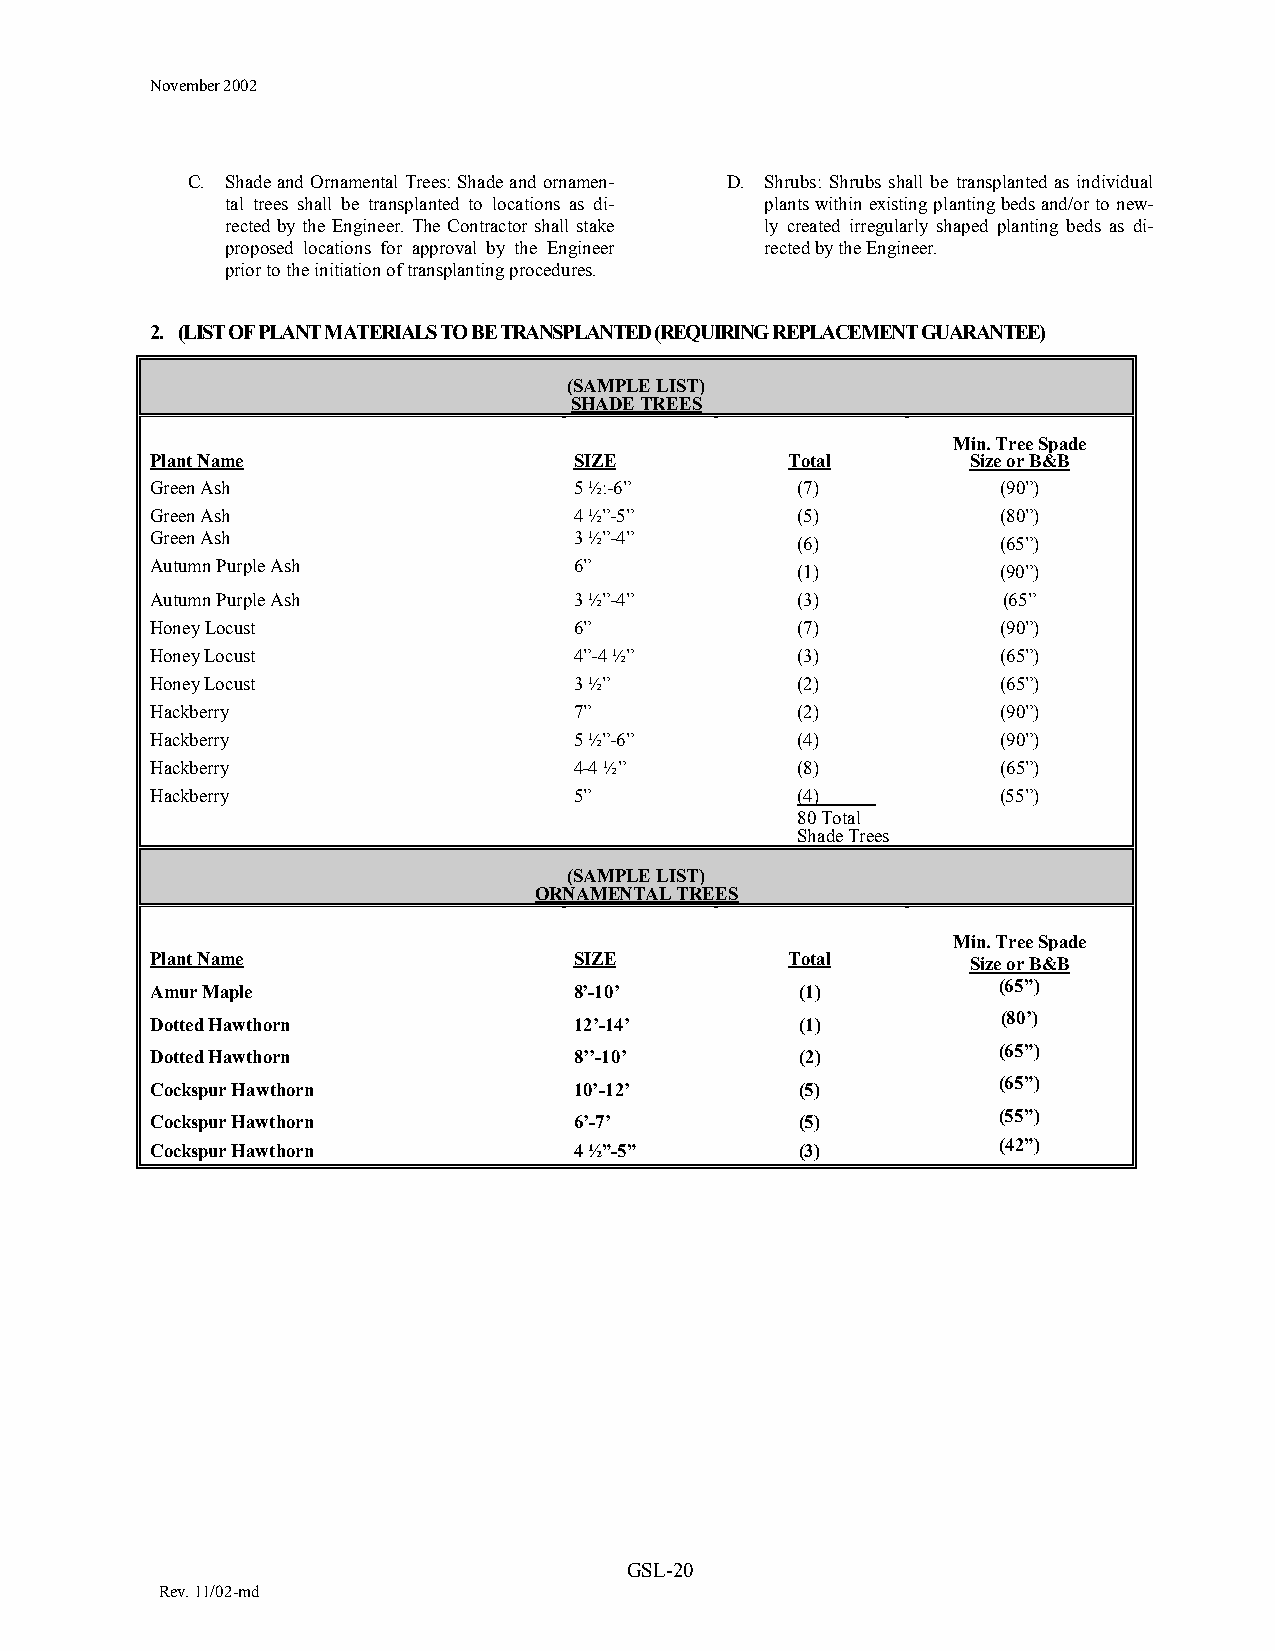
November 2002
 C. Shade and Ornamental Trees: Shade and ornamen- D. Shrubs: Shrubs shall be transplanted as individual
 tal trees shall be transplanted to locations as di- plants within existing planting beds and/or to new-
 rected by the Engineer. The Contractor shall stake ly created irregularly shaped planting beds as di-
 proposed locations for approval by the Engineer rected by the Engineer.
 prior to the initiation of transplanting procedures.
 2. (LIST OF PLANT MATERIALS TO BE TRANSPLANTED (REQUIRING REPLACEMENT GUARANTEE)
 (SAMPLE LIST)
 SHADE TREES
 Min. Tree Spade
 Plant Name                  SIZE          Total       Size or B&B
 Green Ash                   5 ½:-6”        (7)          (90”)
 Green Ash                   4 ½”-5”        (5)          (80”)
 Green Ash                   3 ½”-4”        (6)          (65”)
 Autumn Purple Ash           6”
 (1)          (90”)
 Autumn Purple Ash           3 ½”-4”        (3)          (65”
 Honey Locust                6”             (7)          (90”)
 Honey Locust                4”-4 ½”        (3)          (65”)
 Honey Locust                3 ½”           (2)          (65”)
 Hackberry                   7”             (2)          (90”)
 Hackberry                   5 ½”-6”        (4)          (90”)
 Hackberry                   4-4 ½”         (8)          (65”)
 Hackberry                   5”             (4)          (55”)
 80 Total
 Shade Trees
 (SAMPLE LIST)
 ORNAMENTAL TREES
 Min. Tree Spade
 Plant Name                  SIZE          Total       Size or B&B
 Amur Maple                  8’-10’         (1)          (65”)
 Dotted Hawthorn             12’-14’        (1)          (80’)
 (65”)
 Dotted Hawthorn             8’’-10’        (2)
 Cockspur Hawthorn           10’-12’        (5)          (65”)
 Cockspur Hawthorn           6’-7’          (5)          (55”)
 (42”)
 Cockspur Hawthorn           4 ½”-5”        (3)
 GS L-20
 Rev. 11/02-md